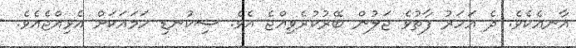
އާނއެކެވެ. ދެ އަހަރު ފާތުވެ ޖަލުން ބޭރުކުރެވިއްޖެ އެވެ. ސިކުނޑި ހަމައަކަށް އެޅިއްޖެއެވެ.